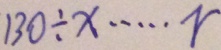
1 3 0 \div x \cdots r